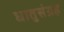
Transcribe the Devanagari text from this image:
धातुसंग्रह